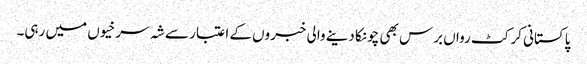
پاکستانی کرکٹ رواں برس بھی چونکا دینے والی خبروں کے اعتبار سے شہ سرخیوں میں رہی۔